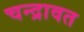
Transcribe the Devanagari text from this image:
चन्द्रावत